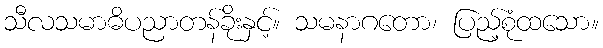
သီလသမာဓိပညာတန်ခိုးနှင့်။ သမနာဂတော၊ ပြည့်စုံထသော။